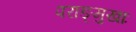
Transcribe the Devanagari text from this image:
पराङ्मुखाः